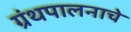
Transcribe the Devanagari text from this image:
ग्रंथपालनाचे